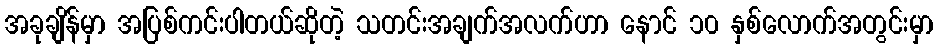
အခုချိန်မှာ အပြစ်ကင်းပါတယ်ဆိုတဲ့ သတင်းအချက်အလက်ဟာ နောင် ၁၀ နှစ်လောက်အတွင်းမှာ